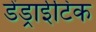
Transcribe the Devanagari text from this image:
डेंड्राईटिक